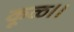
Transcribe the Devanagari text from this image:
कूळ।।